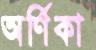
অর্ণিকা